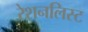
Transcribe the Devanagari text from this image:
रेशनलिस्ट